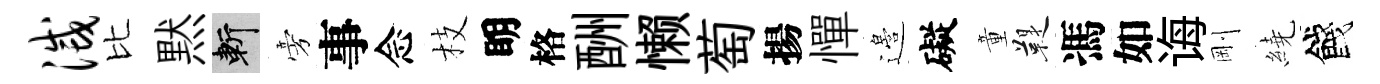
灭比黙斬旁事念枝眀格酬懒萄揚憚邉礙童鞮馮如诲剛繞餞